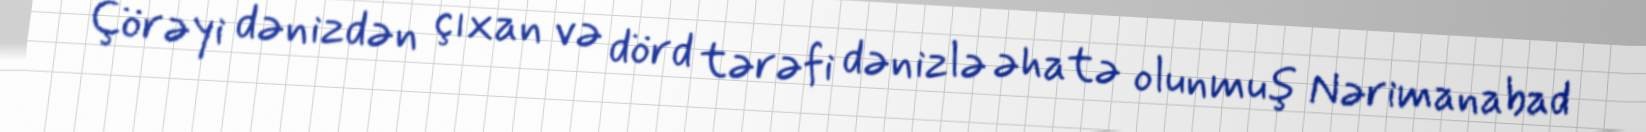
Çörəyi dənizdən çıxan və dörd tərəfi dənizlə əhatə olunmuş Nərimanabad